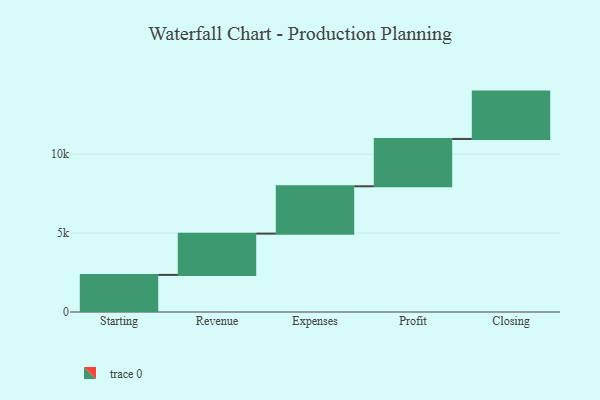
{"axis": {"x": "Step", "y": "Value"}, "legend": [""], "data": [{"x": "Starting", "y": 2351.0, "type": ""}, {"x": "Revenue", "y": 2615.0, "type": ""}, {"x": "Expenses", "y": 2999.0, "type": ""}, {"x": "Profit", "y": 3000, "type": ""}, {"x": "Closing", "y": 3000, "type": ""}]}